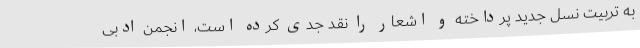
به تربیت نسل جدید پرداخته و اشعار را نقد جدی کرده است، انجمن ادبی